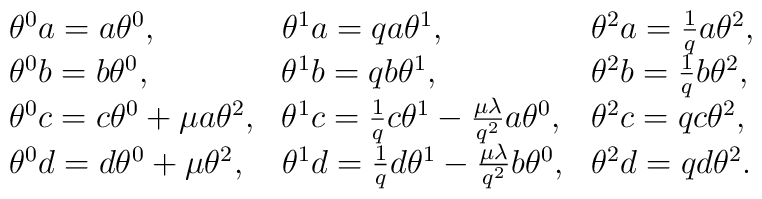
\begin{array}{lll}\theta^0a=a\theta^0,&\theta^1a=qa\theta^1, &\theta^2a=\frac{1}{q}a\theta^2, \\\theta^0b=b\theta^0,&\theta^1b=qb\theta^1,&\theta^2b=\frac{1}{q}b\theta^2, \\\theta^0c=c\theta^0+\mu a\theta^2, &\theta^1c=\frac{1}{q}c\theta^1-\frac{\mu\lambda}{q^2}a\theta^0, &\theta^2c=qc\theta^2, \\\theta^0d=d\theta^0+\mu \theta^2, &\theta^1d=\frac{1}{q}d\theta^1-\frac{\mu\lambda}{q^2}b\theta^0, &\theta^2d=qd\theta^2.\end{array}